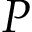
P